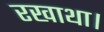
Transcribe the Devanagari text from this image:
रखाथा।